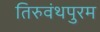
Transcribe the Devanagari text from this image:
तिरुवंथपुरम